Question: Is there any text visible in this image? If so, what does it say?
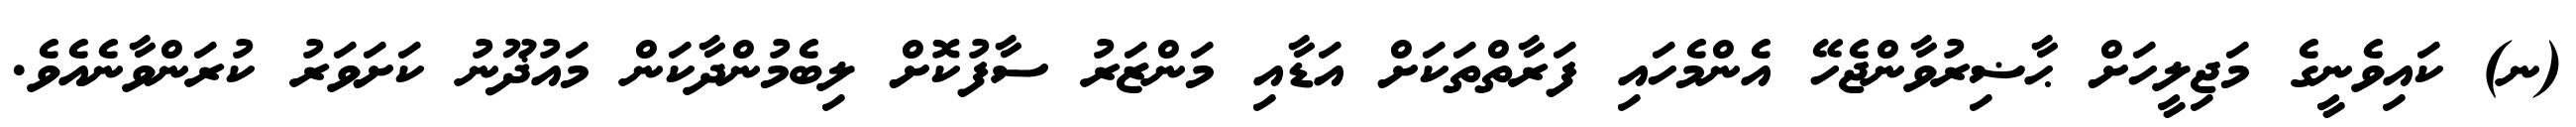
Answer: (ނ) ކައިވެނީގެ މަޖިލީހަށް ޙާޟިރުވާންޖެހޭ އެންމެހައި ފަރާތްތަކަށް އަޑާއި މަންޒަރު ސާފުކޮށް ލިބެމުންދާކަން މައުޛޫނު ކަށަވަރު ކުރަންވާނެއެވެ.